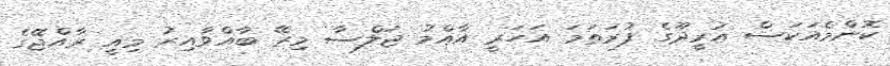
ކޮންމެއަކަސް އުރީދޫގެ ފުރަތަމަ އަހަރީ އާއްމު ޖަލްސާ މިރޭ ބާއްވާއިރު މިއީ ރާއްޖޭގެ